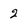
Character: 2